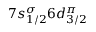
7 s _ { 1 / 2 } ^ { \sigma } 6 d _ { 3 / 2 } ^ { \pi }